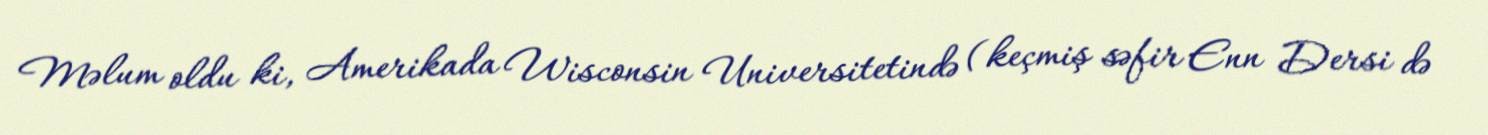
Məlum oldu ki, Amerikada Wisconsin Universitetində (keçmiş səfir Enn Dersi də